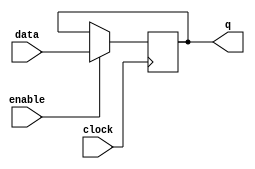
module  element_ff_d_2_ff
	( 
	clock,
	data,
	enable,
	q) /* synthesis synthesis_clearbox=1 */;
	input   clock;
	input   [1:0]  data;
	input   enable;
	output   [1:0]  q;
`ifndef ALTERA_RESERVED_QIS
// synopsys translate_off
`endif
	tri0   [1:0]  data;
	tri1   enable;
`ifndef ALTERA_RESERVED_QIS
// synopsys translate_on
`endif

	reg	[1:0]	ff_dffe;

	// synopsys translate_off
	initial
		ff_dffe = 0;
	// synopsys translate_on
	always @ ( posedge clock)
		if (enable == 1'b1)   ff_dffe <= data;
	assign
		q = ff_dffe;
endmodule
module element_ff_d_2 (
	clock,
	data,
	enable,
	q)/* synthesis synthesis_clearbox = 1 */;

	input	  clock;
	input	[1:0]  data;
	input	  enable;
	output	[1:0]  q;

	wire [1:0] sub_wire0;
	wire [1:0] q = sub_wire0[1:0];

	element_ff_d_2_ff	element_ff_d_2_ff_component (
				.enable (enable),
				.clock (clock),
				.data (data),
				.q (sub_wire0));

endmodule